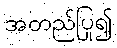
အတည်ပြု၍